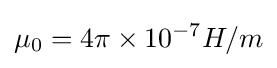
{\mu _{0}}=4\pi \times 10^{-7}H/m